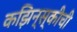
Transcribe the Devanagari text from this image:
कझिन्स्कीची